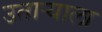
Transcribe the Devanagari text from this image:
उताऱ्याला